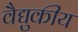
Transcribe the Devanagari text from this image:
वैद्युकीय